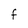
Character: f